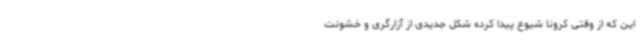
این که از وقتی کرونا شیوع پیدا کرده شکل جدیدی از آزارگری و خشونت